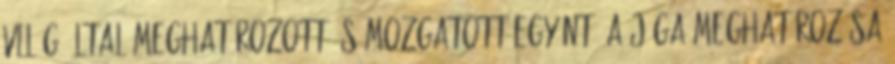
világ által meghatározott és mozgatott egyént. A jóga meghatározása